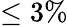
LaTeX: \leq 3\%